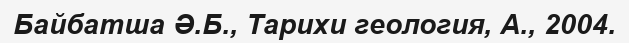
Байбатша Ә.Б., Тарихи геология, А., 2004.